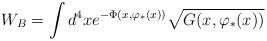
LaTeX: \begin{align*}W_{B}=\int d^{4}xe^{-\Phi (x,\varphi _{*}(x))}\sqrt{G(x,\varphi _{*}(x))}\end{align*}